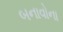
બનાવોના